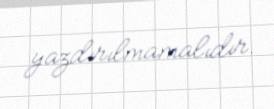
yazdırılmamalıdır.